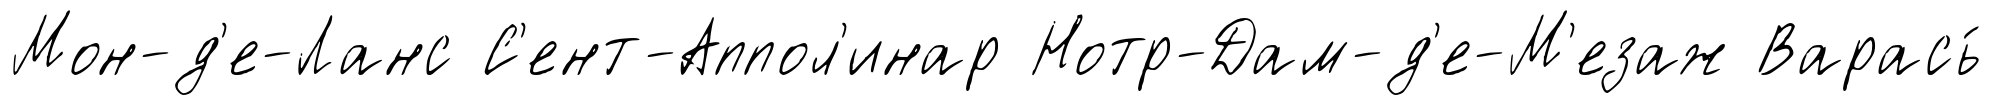
Мон-д'е-Ланс С'ент-Аппол'инар Нотр-Дам-д'е-М'езаж Варась́